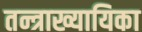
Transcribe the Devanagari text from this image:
तन्त्राख्यायिका